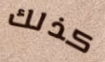
كذلك